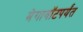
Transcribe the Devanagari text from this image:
मेगावॉटपर्यंत